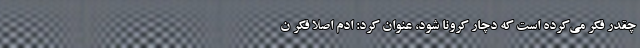
چقدر فکر می‌کرده است که دچار کرونا شود، عنوان کرد: ادم اصلا فکر ن